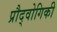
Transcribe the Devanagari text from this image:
प्रौद्वोगिकी